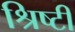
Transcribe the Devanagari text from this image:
श्रिष्टी